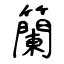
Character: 籣